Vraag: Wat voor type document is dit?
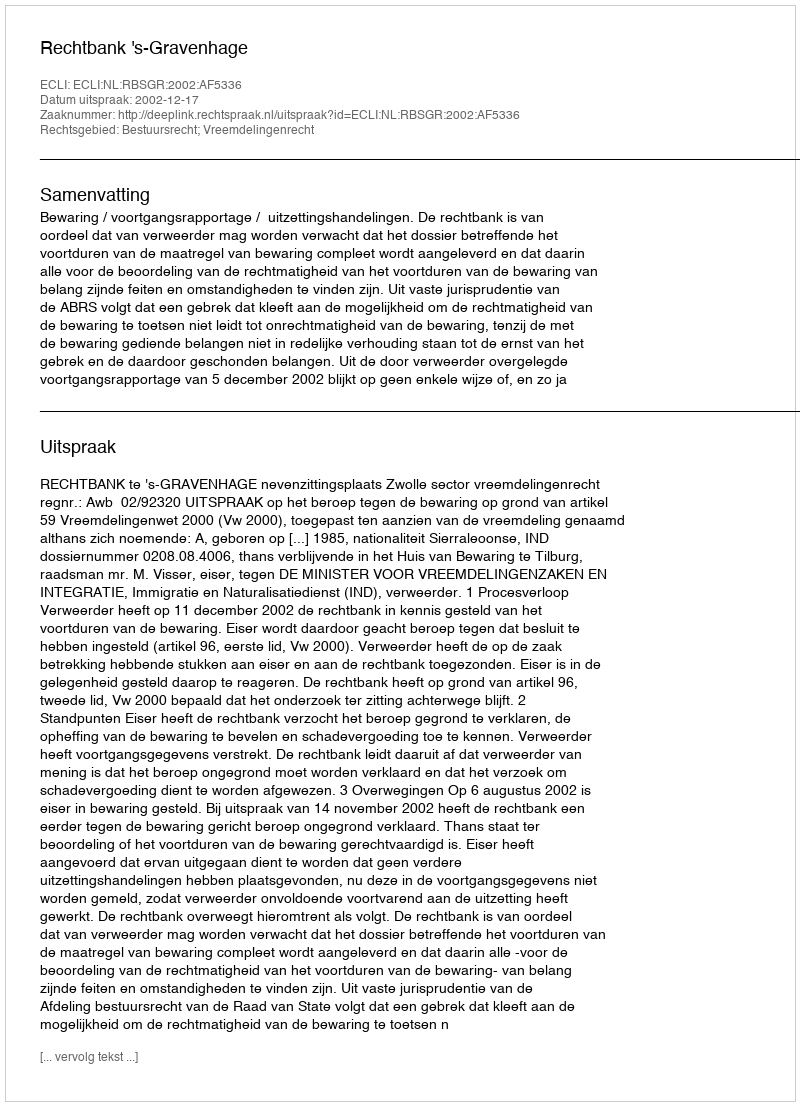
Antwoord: Uitspraak